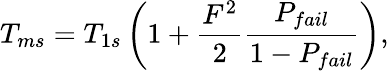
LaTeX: T_{ms}=T_{1s}\left(1+\frac{F^{2}}{2}\frac{P_{fail}}{1-P_{fail}}\right),